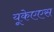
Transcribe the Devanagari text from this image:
यूकेएएस